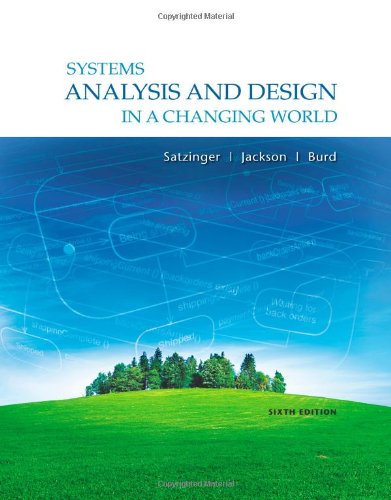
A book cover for Systems Analysis and Design in a Changing World, 6th Edition; John W. Satzinger; Computers & Technology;